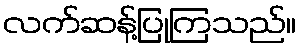
လက်ဆန့်ပြုကြသည်။